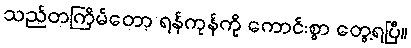
သည်တကြိမ်တော့ ရန်ကုန်ကို ကောင်းစွာ တွေ့ရပြီ။